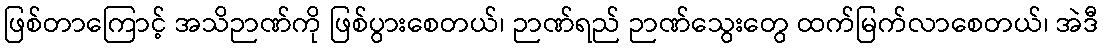
ဖြစ်တာကြောင့် အသိဉာဏ်ကို ဖြစ်ပွားစေတယ်၊ ဉာဏ်ရည် ဉာဏ်သွေးတွေ ထက်မြက်လာစေတယ်၊ အဲဒီ